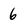
Character: 6